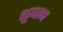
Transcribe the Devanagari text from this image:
शुयान